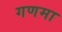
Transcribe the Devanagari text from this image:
गणमा